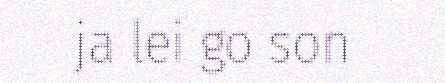
ja lei go son